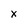
Character: x